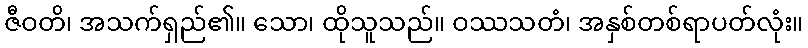
ဇီဝတိ၊ အသက်ရှည်၏။ သော၊ ထိုသူသည်။ ဝဿသတံ၊ အနှစ်တစ်ရာပတ်လုံး။